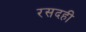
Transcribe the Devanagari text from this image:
रसदही